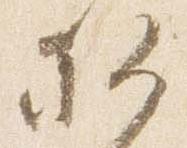
卿